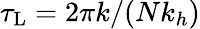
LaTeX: \tau_{\mathrm{L}}=2\pi k/(Nk_{h})